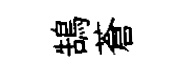
鵠蒼